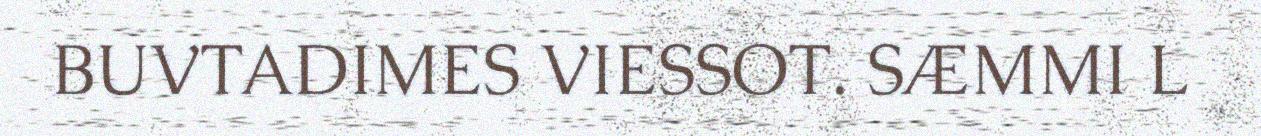
BUVTADIMES VIESSOT. SÆMMI L